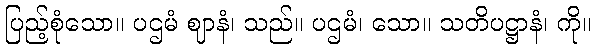
ပြည့်စုံသော။ ပဌမံ ဈာနံ၊ သည်။ ပဌမံ၊ သော။ သတိပဋ္ဌာနံ၊ ကို။